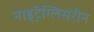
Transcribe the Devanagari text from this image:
नाइट्रेग्लिसरीन